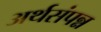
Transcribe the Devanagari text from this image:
अर्थसंपन्न